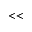
< <